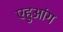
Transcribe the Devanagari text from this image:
एहुआंग